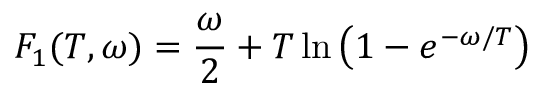
F _ { 1 } ( T , \omega ) = \frac { \omega } { 2 } + T \ln \left( 1 - e ^ { - \omega / T } \right)